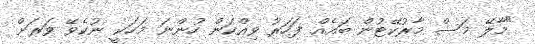
"މާލޭ މަސް މާރުކޭޓުން ބައެއް ފަހަރު ވިއްކަން ހުންނަ މަހަކީ ނުކެވޭ ވަރަށް